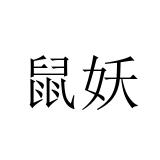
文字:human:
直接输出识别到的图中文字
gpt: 鼠妖